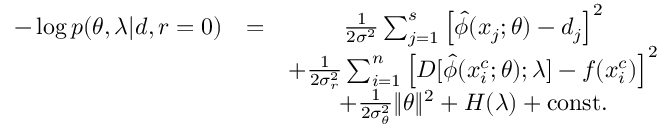
\begin{array} { c c c } { - \log p ( \theta , \lambda | d , r = 0 ) } & { = } & { \frac { 1 } { 2 \sigma ^ { 2 } } \sum _ { j = 1 } ^ { s } \left[ \hat { \phi } ( x _ { j } ; \theta ) - d _ { j } \right] ^ { 2 } } \\ & & { + \frac { 1 } { 2 \sigma _ { r } ^ { 2 } } \sum _ { i = 1 } ^ { n } \left[ D [ \hat { \phi } ( x _ { i } ^ { c } ; \theta ) ; \lambda ] - f ( x _ { i } ^ { c } ) \right] ^ { 2 } } \\ & & { + \frac { 1 } { 2 \sigma _ { \theta } ^ { 2 } } \lVert \theta \rVert ^ { 2 } + H ( \lambda ) + \mathrm { c o n s t . } } \end{array}